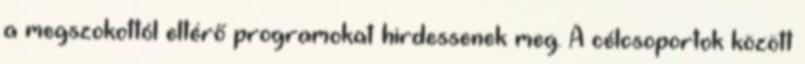
a megszokottól eltérő programokat hirdessenek meg. A célcsoportok között